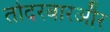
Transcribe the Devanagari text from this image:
तोदरबारऔर